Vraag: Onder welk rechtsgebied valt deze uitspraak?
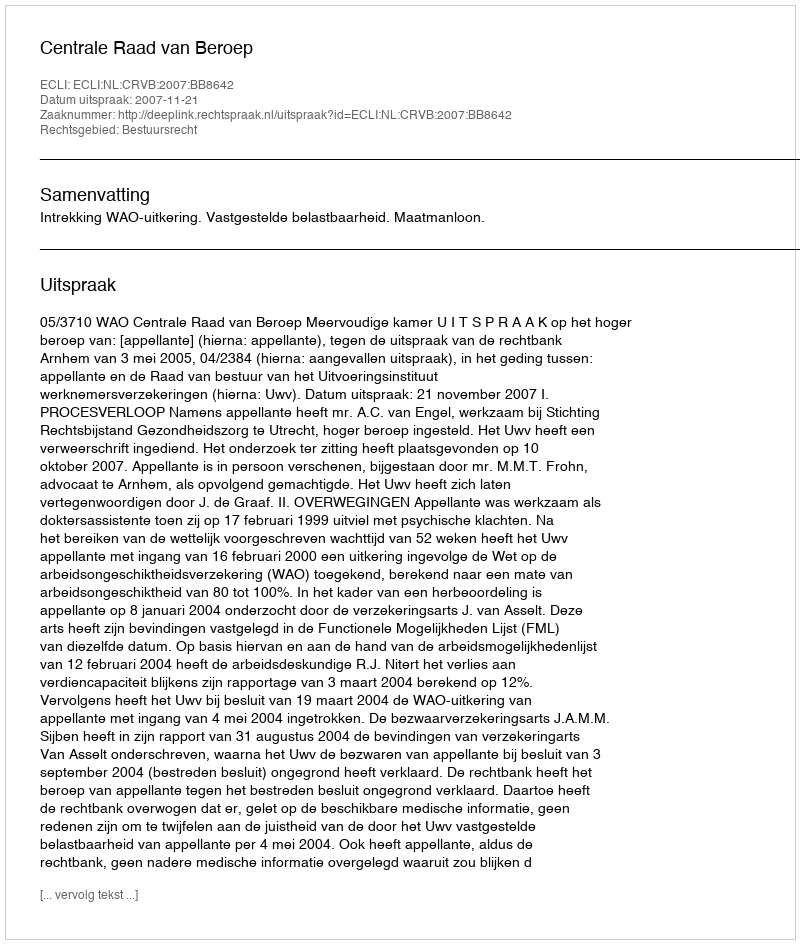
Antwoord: Bestuursrecht